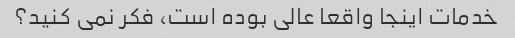
خدمات اینجا واقعا عالی بوده است، فکر نمی کنید؟